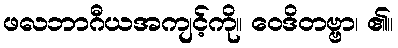
ဖလဘာဂီယအကျင့်ကို။ ဝေဒိတဗ္ဗာ၊ ၏။